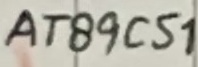
Text: AT89C51